Petrogradi_Kontroll-Opteerimise_Komisjon, lk 312
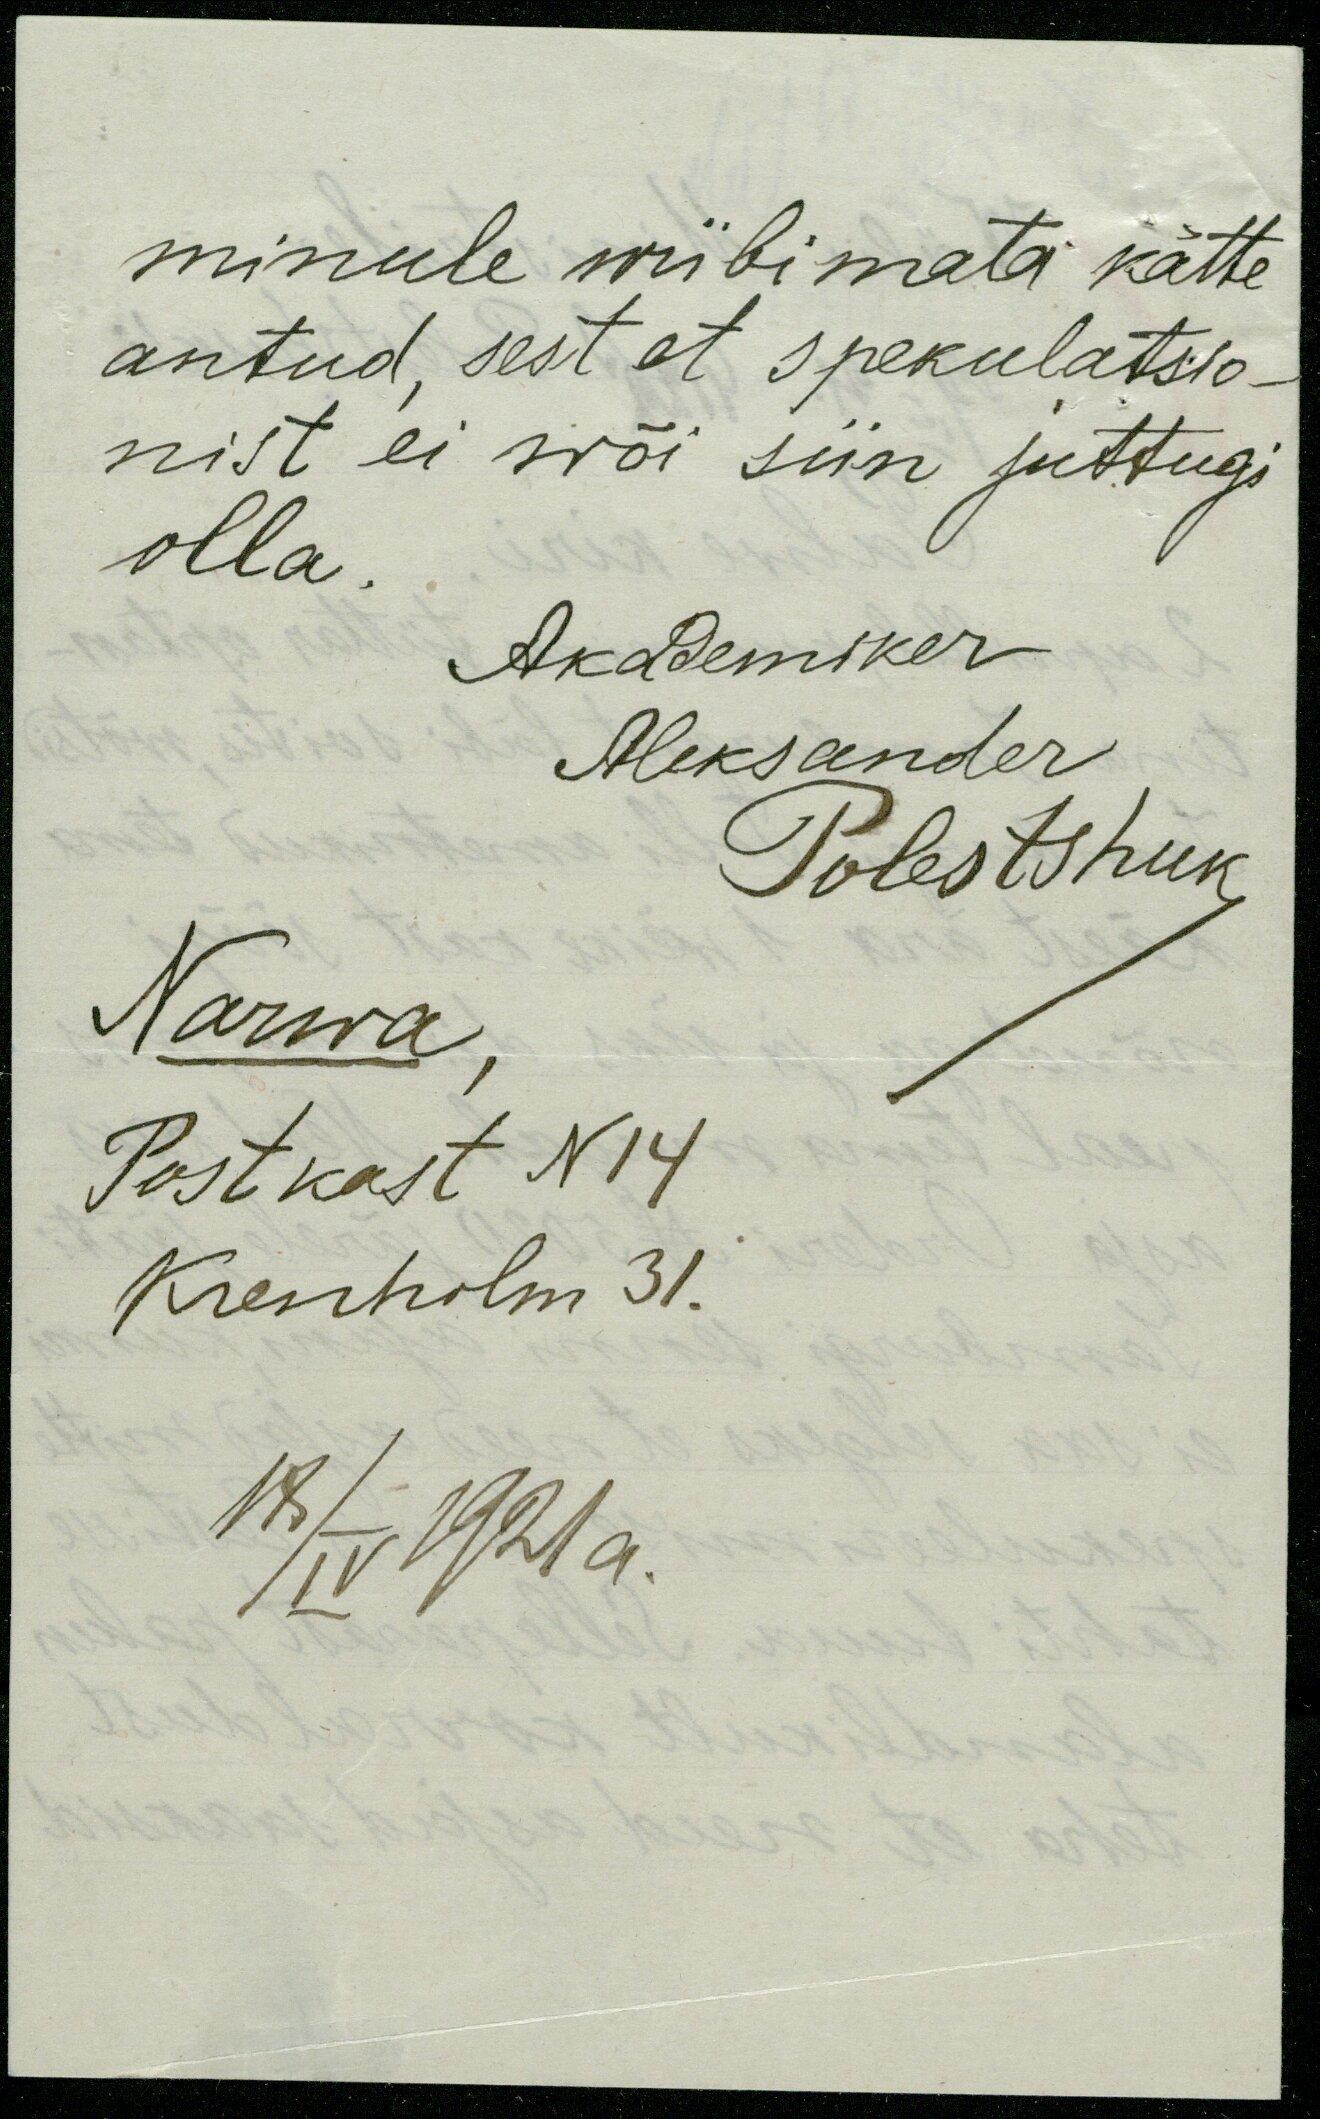
minule wiibimata kätte
antud, sest et spekulatsio-
nist ei wõi siin juttugi
olla.
Akademiker
Aleksander
Polestshuk
Narwa,
Postkast N14
Krenholm 31.
18/IV 1921 a.